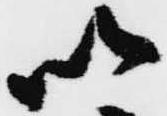
以